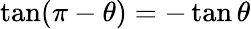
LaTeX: \tan(\pi-\theta)=-\tan\theta